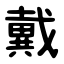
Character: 戴